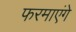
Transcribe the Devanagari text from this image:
फरमाएंगे